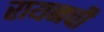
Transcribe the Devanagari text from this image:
रायनची